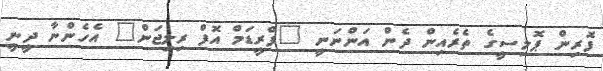
ފޮރިން ޕޮލިސީގެ ތެރެއިން ދެން އަންނަނީ "ފްރީޑަމް އޮފް ރިލިޖަން" އެހެންނާ ދީނީ